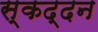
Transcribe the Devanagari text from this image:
स्कद्दन